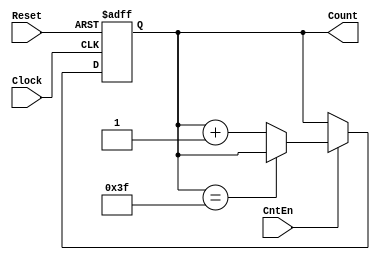
module UpCounter_6bit(
	input Clock,
	input Reset,
	input CntEn,
	output reg [5:0] Count);
	
	always @(posedge Clock or posedge Reset) begin
		if(Reset == 1)
			Count <= 6'b000000;
		else begin	
			if(CntEn == 1) begin
				if(Count==6'b111111)
				   Count <= Count;
				else
					Count <= Count + 1;
			end
		end
	end
endmodule